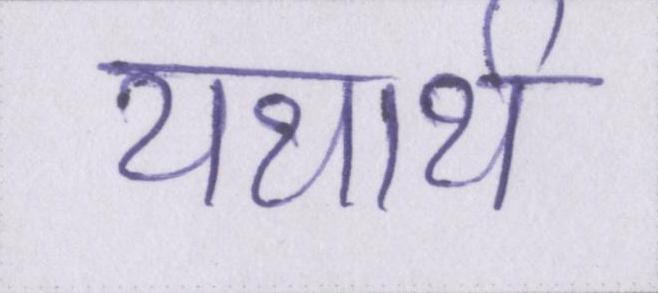
यथार्थ